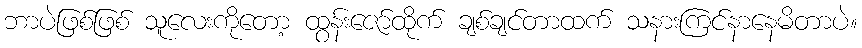
ဘာပဲဖြစ်ဖြစ် သူလေးကိုတော့ ထွန်းဇော်ထိုက် ချစ်ချင်တာထက် သနားကြင်နာနေမိတာပဲ။